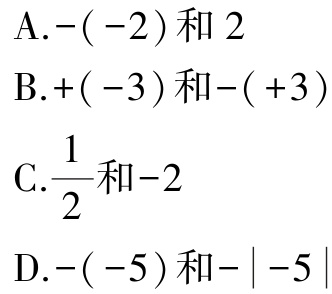
A.$-(-2)$和$2$
B.$+(-3)$和$-(+3)$
C.$\dfrac{1}{2}$和$-2$
D.$-(-5)$和$-\vert -5\vert$